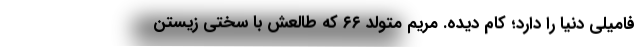
فامیلی دنیا را دارد؛ کام دیده. مریم متولد ۶۶ که طالعش با سختی زیستن